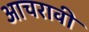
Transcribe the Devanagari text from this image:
आचरावी